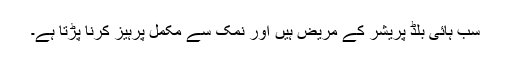
سب ہائی بلڈ پریشر کے مریض ہیں اور نمک سے مکمل پرہیز کرنا پڑتا ہے۔